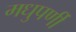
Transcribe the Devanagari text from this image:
मधुपर्णी